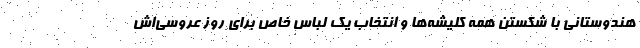
هندوستانی با شکستن همه کلیشه‌ها و انتخاب یک لباس خاص برای روز عروسی‌اش